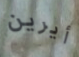
أيرين